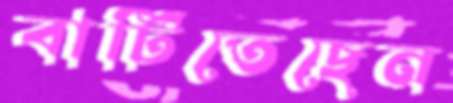
বাটিতেছেন